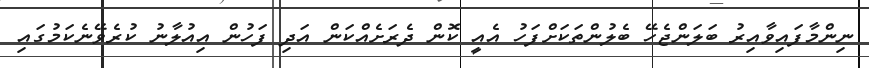
ނިންމާފައިވާއިރު ބަލަންޖެހޭ ބެލުންތަކަށްފަހު އެއީ ކޮން ދެރަށެއްކަން އަދި ފަހުން އިއުލާނު ކުރެވޭނެކަމުގައި